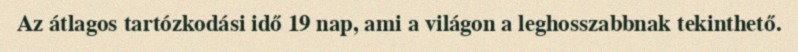
Az átlagos tartózkodási idő 19 nap, ami a világon a leghosszabbnak tekinthető.